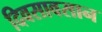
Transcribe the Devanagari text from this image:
दिवसावसान